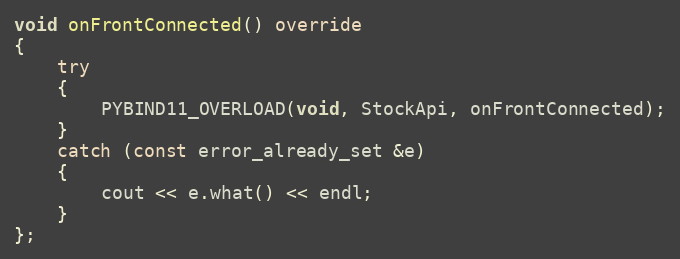
Language: C++
void onFrontConnected() override
{
	try
	{
		PYBIND11_OVERLOAD(void, StockApi, onFrontConnected);
	}
	catch (const error_already_set &e)
	{
		cout << e.what() << endl;
	}
};